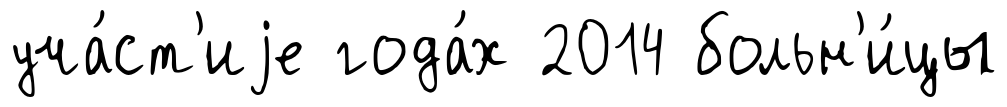
уча́ст'иjе года́х 2014 больн'и́цы